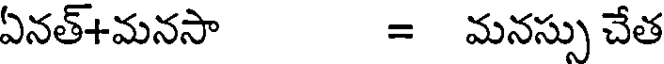
ఏనత్+మనసా = మనస్సు చేత